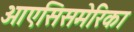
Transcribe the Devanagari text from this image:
ओएसिसमेरिका